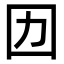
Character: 㘞